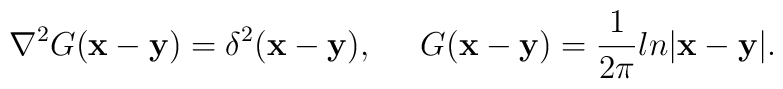
\nabla^2G({\bf x} -{\bf y})=\delta^{2}({\bf x} - {\bf y}),\;\;\;\;\;G({\bf x} - {\bf y})=\frac{1}{2\pi}ln|{\bf x} - {\bf y}|.